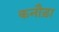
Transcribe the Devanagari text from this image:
कनौड़ा